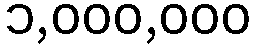
၁,၀၀၀,၀၀၀